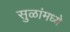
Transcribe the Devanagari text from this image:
सुळांमध्ये